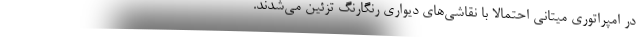
در امپراتوری میتانی احتمالا با نقاشی‌های دیواری رنگارنگ تزئین می‌شدند.